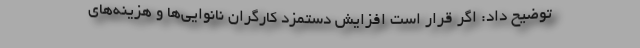
توضیح داد: اگر قرار است افزایش دستمزد کارگران نانوایی‌ها و هزینه‌های